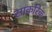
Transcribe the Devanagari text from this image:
साकरिक